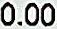
0.00